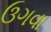
ઉગવા